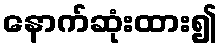
နောက်ဆုံးထား၍